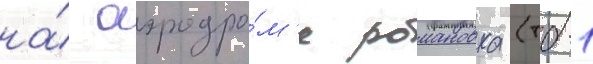
на́ аэродро́м'е романовка (тб-1